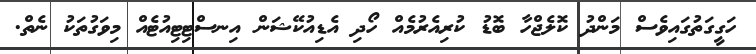
ހަގީގަތުގައިވެސް މަންދު ކޮލެޖްހާ ބޮޑު ކުރިއެރުމެއް ހޯދި އެޑިއުކޭޝަން އިނސްޓިޓިއުޓެއް މިވަގުތަކު ނެތް.